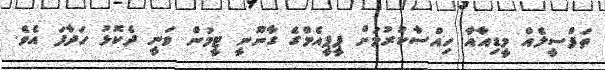
ތަފްސީލެއް މީޑިއާއާ ހިއްސާކުރުމަށް ޕީޕީއެމްގެ ގާނޫނީ ޓީމުން ވަނީ ދެކޮޅު ހަދާފަ އެވެ.